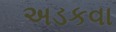
અડકવા